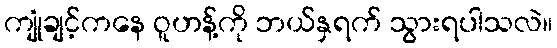
ကျုံချင့်ကနေ ဝူဟန့်ကို ဘယ်နှရက် သွားရပါသလဲ။